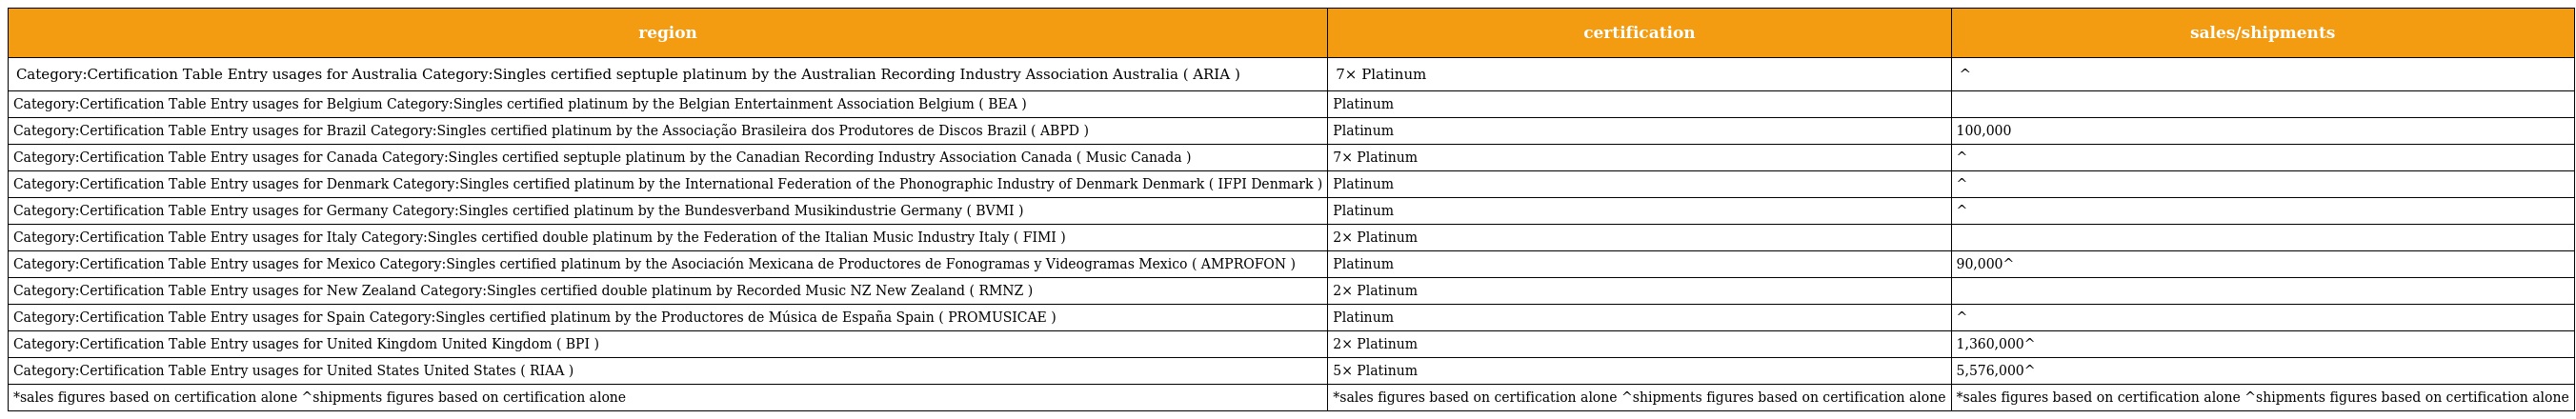
| region | certification | sales/shipments |
 | --- | --- | --- |
 | Category:Certification Table Entry usages for Australia Category:Singles certified septuple platinum by the Australian Recording Industry Association Australia ( ARIA ) | 7× Platinum | ^ |
 | Category:Certification Table Entry usages for Belgium Category:Singles certified platinum by the Belgian Entertainment Association Belgium ( BEA ) | Platinum |  |
 | Category:Certification Table Entry usages for Brazil Category:Singles certified platinum by the Associação Brasileira dos Produtores de Discos Brazil ( ABPD ) | Platinum | 100,000 |
 | Category:Certification Table Entry usages for Canada Category:Singles certified septuple platinum by the Canadian Recording Industry Association Canada ( Music Canada ) | 7× Platinum | ^ |
 | Category:Certification Table Entry usages for Denmark Category:Singles certified platinum by the International Federation of the Phonographic Industry of Denmark Denmark ( IFPI Denmark ) | Platinum | ^ |
 | Category:Certification Table Entry usages for Germany Category:Singles certified platinum by the Bundesverband Musikindustrie Germany ( BVMI ) | Platinum | ^ |
 | Category:Certification Table Entry usages for Italy Category:Singles certified double platinum by the Federation of the Italian Music Industry Italy ( FIMI ) | 2× Platinum |  |
 | Category:Certification Table Entry usages for Mexico Category:Singles certified platinum by the Asociación Mexicana de Productores de Fonogramas y Videogramas Mexico ( AMPROFON ) | Platinum | 90,000^ |
 | Category:Certification Table Entry usages for New Zealand Category:Singles certified double platinum by Recorded Music NZ New Zealand ( RMNZ ) | 2× Platinum |  |
 | Category:Certification Table Entry usages for Spain Category:Singles certified platinum by the Productores de Música de España Spain ( PROMUSICAE ) | Platinum | ^ |
 | Category:Certification Table Entry usages for United Kingdom United Kingdom ( BPI ) | 2× Platinum | 1,360,000^ |
 | Category:Certification Table Entry usages for United States United States ( RIAA ) | 5× Platinum | 5,576,000^ |
 | *sales figures based on certification alone ^shipments figures based on certification alone | *sales figures based on certification alone ^shipments figures based on certification alone | *sales figures based on certification alone ^shipments figures based on certification alone |